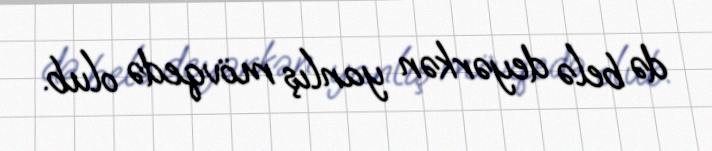
də belə deyərkən yanlış mövqedə olub.